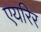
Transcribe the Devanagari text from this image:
एयरिर